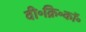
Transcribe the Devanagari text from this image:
वी॰क्रि॰कॉ॰